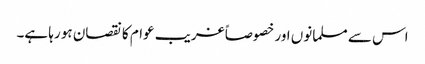
اس سے مسلمانوں اور خصوصاً غریب عوام کا نقصان ہو رہا ہے۔